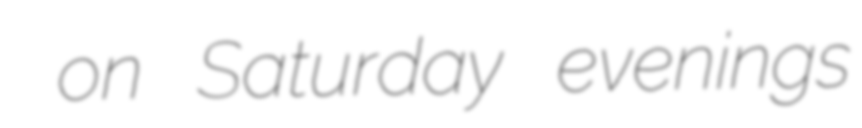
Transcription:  on Saturday evenings